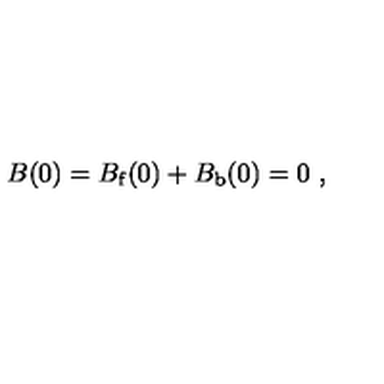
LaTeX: B ( 0 ) = B _ { \mathrm { f } } ( 0 ) + B _ { \mathrm { b } } ( 0 ) = 0 \ ,